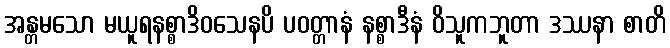
အန္တမသော မယူရနစ္စာဒိဝသေနပိ ပဝတ္တာနံ နစ္စာဒီနံ ဝိသူကဘူတာ ဒဿနာ စာတိ